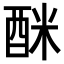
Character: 𮠩